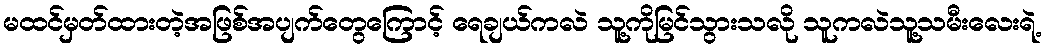
မထင်မှတ်ထားတဲ့အဖြစ်အပျက်တွေကြောင့် ရေချယ်ကလဲ သူ့ကိုမြင်သွားသလို သူကလဲသူ့သမီးလေးရဲ့